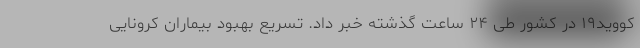
کووید۱۹ در کشور طی ۲۴ ساعت گذشته خبر داد. تسریع بهبود بیماران کرونایی